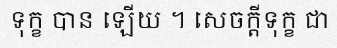
ទុក្ខ បាន ឡើយ ។ សេចក្តីទុក្ខ ជា